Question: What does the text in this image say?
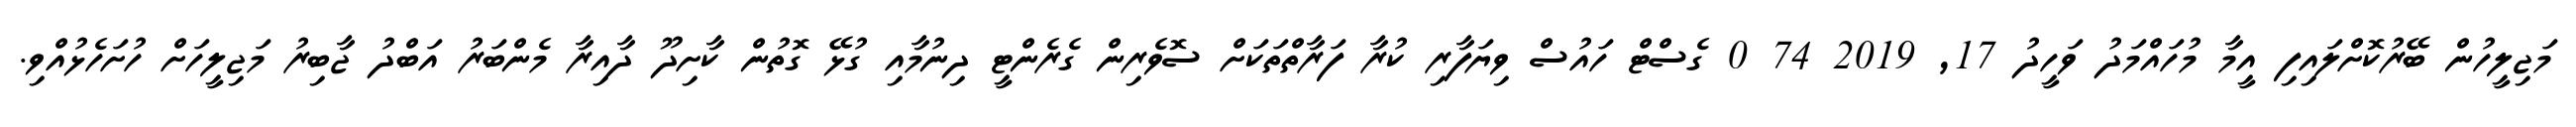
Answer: މަޖިލީހުން ބޭރުކޮށްލައިފި އީމާ މުހައްމަދު ވަހީދު 17, 2019 74 0 ގެސްޓް ހައުސް ވިޔަފާރި ކުރާ ފަރާތްތަކަށް ސޮވެރިން ގެރެންޓީ ދިނުމާއި ގުޅޭ ގޮތުން ކާށިދޫ ދާއިރާ މެންބަރު އަބްދު ޖާބިރު މަޖިލީހަށް ހުށަހެޅުއްވި.